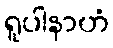
ရူပါနာဟံ